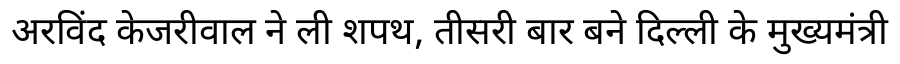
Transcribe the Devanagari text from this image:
अरविंद केजरीवाल ने ली शपथ, तीसरी बार बने दिल्ली के मुख्यमंत्री